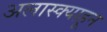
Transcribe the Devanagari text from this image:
अलास्क्याहून